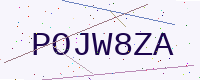
Text: POJW8ZA